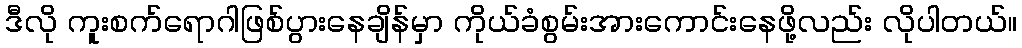
ဒီလို ကူးစက်ရောဂါဖြစ်ပွားနေချိန်မှာ ကိုယ်ခံစွမ်းအားကောင်းနေဖို့လည်း လိုပါတယ်။